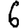
Digit: 6